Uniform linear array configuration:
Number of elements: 16
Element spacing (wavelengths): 0.75
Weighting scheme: binomial
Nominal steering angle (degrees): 0
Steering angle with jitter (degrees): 1.583
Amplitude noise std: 0.05
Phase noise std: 0.05

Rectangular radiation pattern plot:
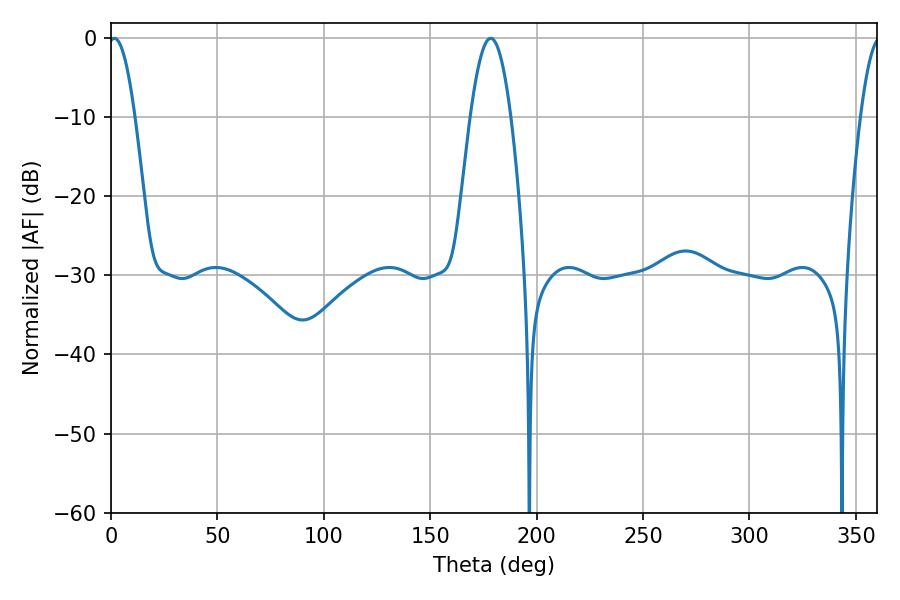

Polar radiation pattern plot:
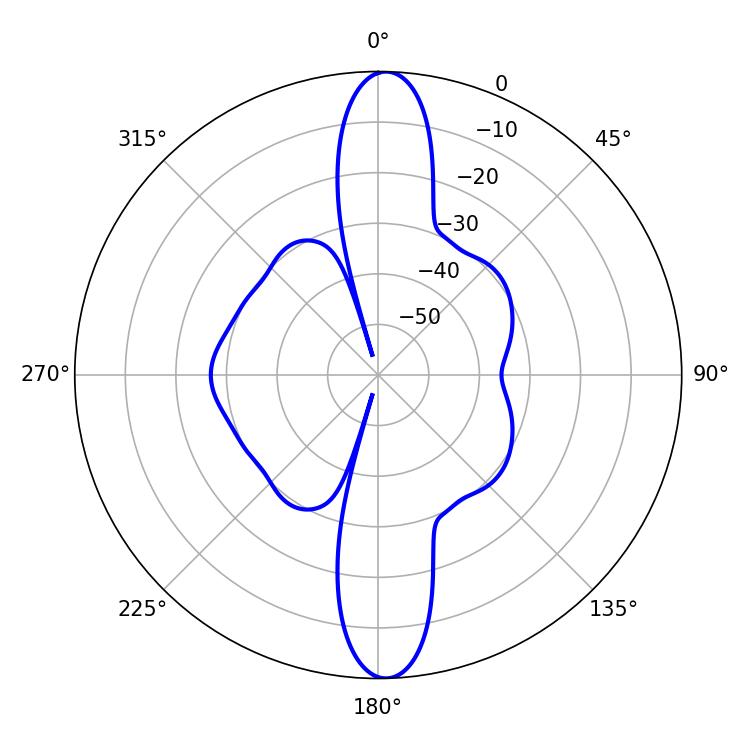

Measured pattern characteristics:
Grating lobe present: TRUE
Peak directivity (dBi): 22.748
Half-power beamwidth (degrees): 6.84
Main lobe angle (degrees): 1.62